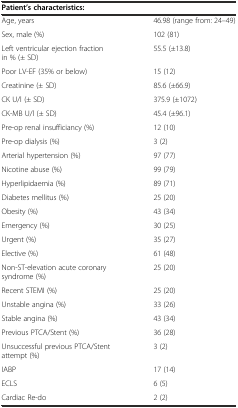
| <COLSPAN=2> Patient’s characteristics: |
 | --- | --- |
 | Age, years | 46.98 (range from: 24–49) |
 | Sex, male (%) | 102 (81) |
 | Left ventricular ejection fraction in % (± SD) | 55.5 (±13.8) |
 | Poor LV-EF (35% or below) | 15 (12) |
 | Creatinine (± SD) | 85.6 (±66.9) |
 | CK U/l (± SD) | 375.9 (±1072) |
 | CK-MB U/l (± SD) | 45.4 (±96.1) |
 | Pre-op renal insufficiancy (%) | 12 (10) |
 | Pre-op dialysis (%) | 3 (2) |
 | Arterial hypertension (%) | 97 (77) |
 | Nicotine abuse (%) | 99 (79) |
 | Hyperlipidaemia (%) | 89 (71) |
 | Diabetes mellitus (%) | 25 (20) |
 | Obesity (%) | 43 (34) |
 | Emergency (%) | 30 (25) |
 | Urgent (%) | 35 (27) |
 | Elective (%) | 61 (48) |
 | Non-ST-elevation acute coronary syndrome (%) | 25 (20) |
 | Recent STEMI (%) | 25 (20) |
 | Unstable angina (%) | 33 (26) |
 | Stable angina (%) | 43 (34) |
 | Previous PTCA/Stent (%) | 36 (28) |
 | Unsuccessful previous PTCA/Stent attempt (%) | 3 (2) |
 | IABP | 17 (14) |
 | ECLS | 6 (5) |
 | Cardiac Re-do | 2 (2) |